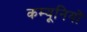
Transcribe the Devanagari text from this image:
कम्यूनियों